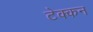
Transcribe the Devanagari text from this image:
टेक्कन